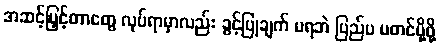
အဆင့်မြှင့်တာတွေ လုပ်ရာမှာလည်း ခွင့်ပြုချက် မရဘဲ ပြည်ပ မတင်ပို့ဖို့